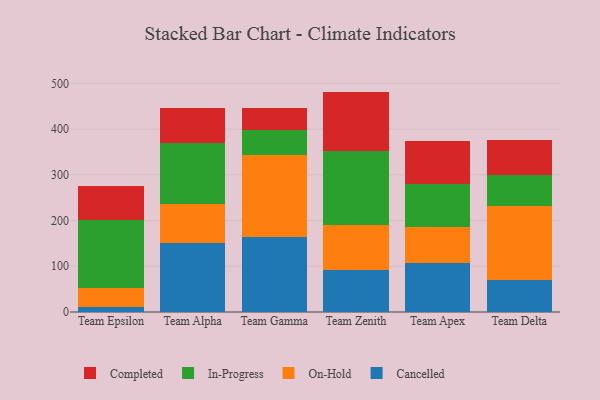
{"axis": {"x": "Team", "y": "Tickets Resolved"}, "legend": ["Cancelled", "Completed", "In-Progress", "On-Hold"], "data": [{"x": "Team Epsilon", "y": 10.0, "type": "Cancelled"}, {"x": "Team Epsilon", "y": 42.2, "type": "On-Hold"}, {"x": "Team Epsilon", "y": 148.7, "type": "In-Progress"}, {"x": "Team Epsilon", "y": 75.1, "type": "Completed"}, {"x": "Team Alpha", "y": 151.7, "type": "Cancelled"}, {"x": "Team Alpha", "y": 85.1, "type": "On-Hold"}, {"x": "Team Alpha", "y": 132.0, "type": "In-Progress"}, {"x": "Team Alpha", "y": 77.6, "type": "Completed"}, {"x": "Team Gamma", "y": 163.4, "type": "Cancelled"}, {"x": "Team Gamma", "y": 179.7, "type": "On-Hold"}, {"x": "Team Gamma", "y": 54.9, "type": "In-Progress"}, {"x": "Team Gamma", "y": 47.3, "type": "Completed"}, {"x": "Team Zenith", "y": 91.8, "type": "Cancelled"}, {"x": "Team Zenith", "y": 98.9, "type": "On-Hold"}, {"x": "Team Zenith", "y": 161.3, "type": "In-Progress"}, {"x": "Team Zenith", "y": 130.0, "type": "Completed"}, {"x": "Team Apex", "y": 106.4, "type": "Cancelled"}, {"x": "Team Apex", "y": 78.8, "type": "On-Hold"}, {"x": "Team Apex", "y": 95.2, "type": "In-Progress"}, {"x": "Team Apex", "y": 92.6, "type": "Completed"}, {"x": "Team Delta", "y": 70.6, "type": "Cancelled"}, {"x": "Team Delta", "y": 161.1, "type": "On-Hold"}, {"x": "Team Delta", "y": 68.6, "type": "In-Progress"}, {"x": "Team Delta", "y": 76.2, "type": "Completed"}]}